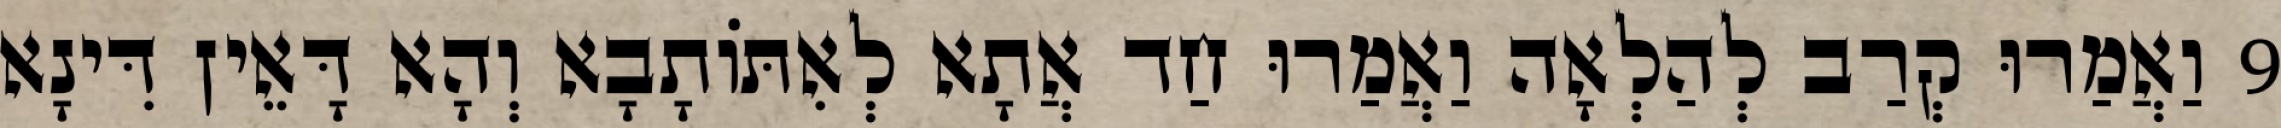
9 וַאֲמַרוּ קְרַב לְהַלְאָה וַאֲמַרוּ חַד אֲתָא לְאִתּוֹתָבָא וְהָא דָּאֵין דִּינָא